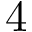
4